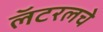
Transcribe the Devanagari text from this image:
लॅटरलचे